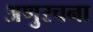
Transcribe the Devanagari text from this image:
अणुरचना